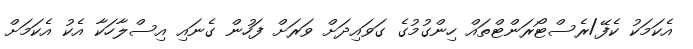
އެކަމަކު ކެފޭ/ރެސްޓޯރަންޓްތައް ހިންގުމުގެ ގަވައިދަށް ވަރަށް ފަހުން ގެނައި އިސްލާހަކާ އެކު އެކަމަށް